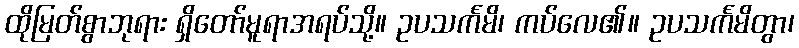
ထိုမြတ်စွာဘုရား ရှိတော်မူရာအရပ်သို့။ ဥပသင်္ကမိ၊ ကပ်လေ၏။ ဥပသင်္ကမိတွာ၊